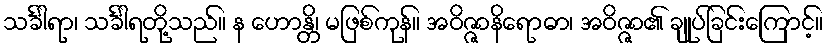
သင်္ခါရာ၊ သင်္ခါရတို့သည်။ န ဟောန္တိ၊ မဖြစ်ကုန်။ အဝိဇ္ဇာနိရောဓာ၊ အဝိဇ္ဇာ၏ ချုပ်ခြင်းကြောင့်။